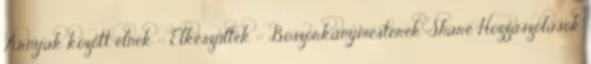
Árnyak között élnek :: Elkészültek :: Boszorkánymesterek Share Hozzászólások